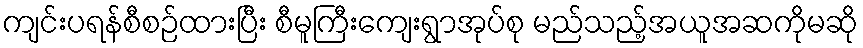
ကျင်းပရန်စီစဉ်ထားပြီး စီမူကြီးကျေးရွာအုပ်စု မည်သည့်အယူအဆကိုမဆို